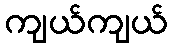
ကျယ်ကျယ်